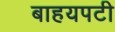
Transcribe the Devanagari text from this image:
बाहयपटी